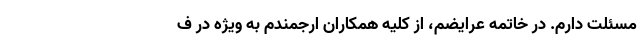
مسئلت دارم. در خاتمه عرایضم، از کلیه همکاران ارجمندم به ویژه در ف